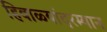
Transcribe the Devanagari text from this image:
हिवाळ्यांदरम्यान